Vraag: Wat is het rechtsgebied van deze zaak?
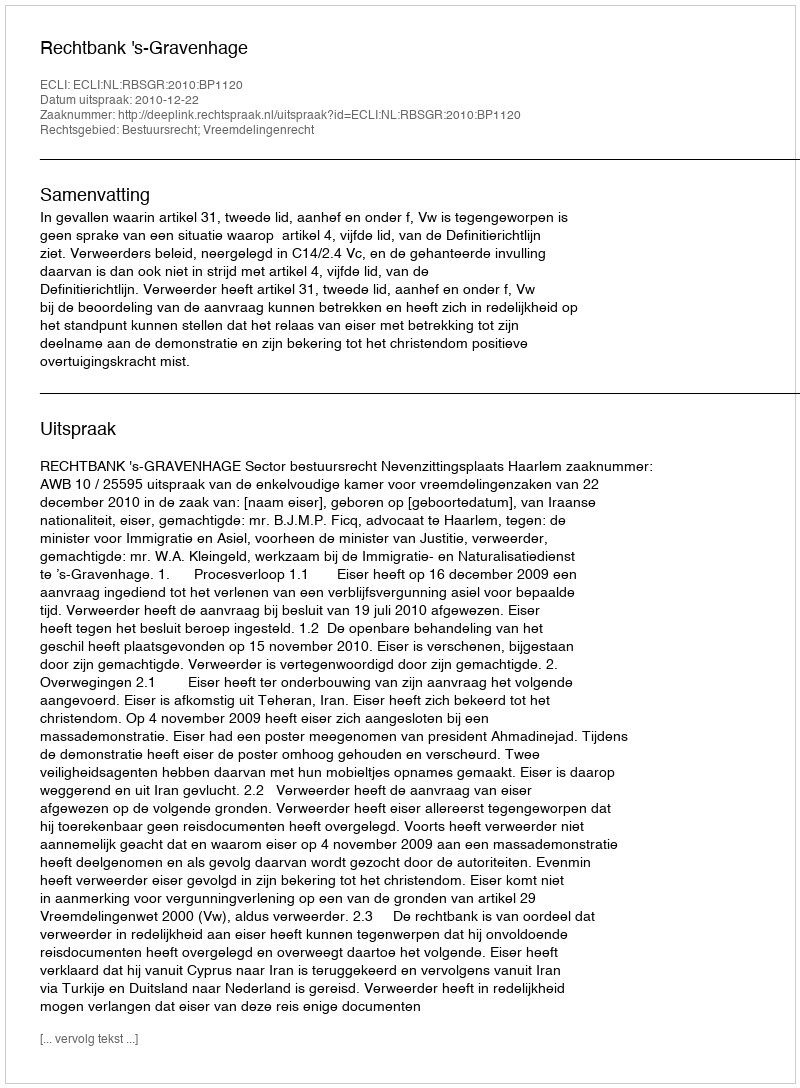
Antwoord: Bestuursrecht; Vreemdelingenrecht